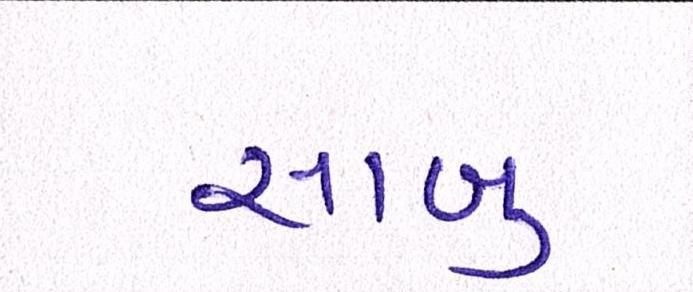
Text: સાબુ